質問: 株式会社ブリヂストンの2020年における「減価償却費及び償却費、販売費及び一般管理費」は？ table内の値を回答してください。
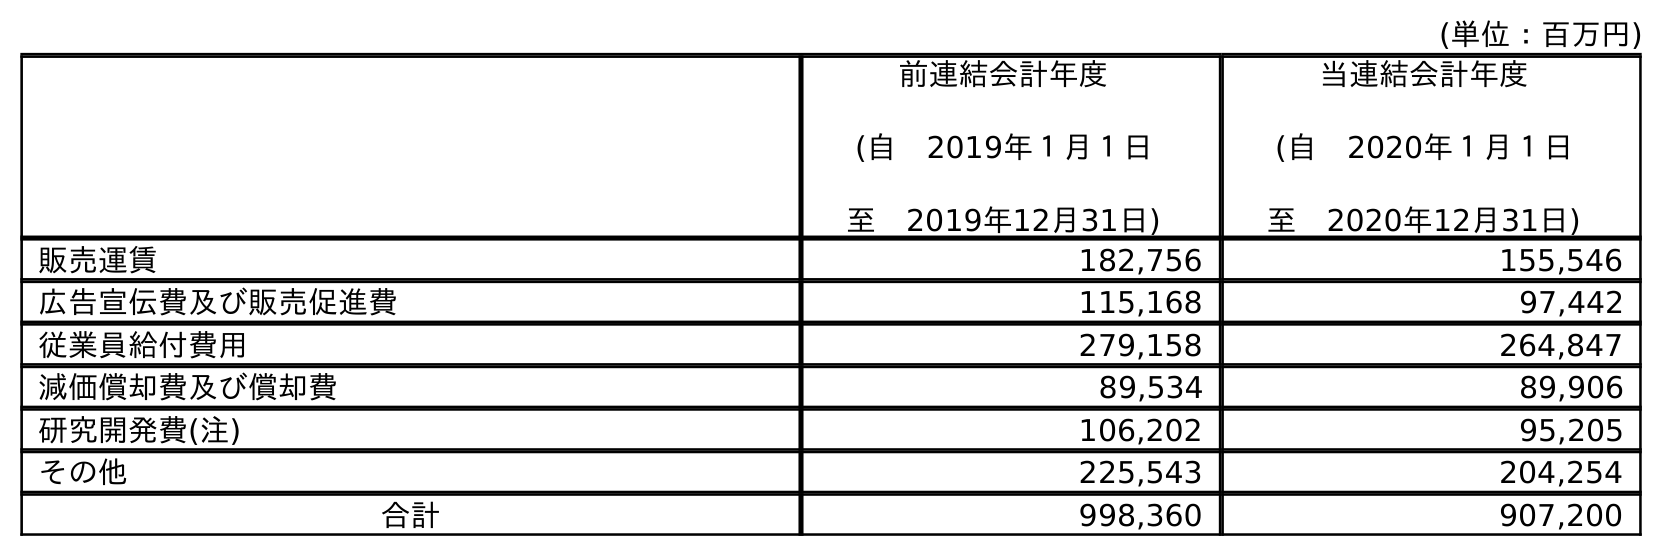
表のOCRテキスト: (単位：百万円) 前連結会計年度 (自 2019年１月１日 至 2019年12月31日) 当連結会計年度 (自 2020年１月１日 至 2020年12月31日) 販売運賃 182,756 155,546 広告宣伝費及び販売促進費 115,168 97,442 従業員給付費用 279,158 264,847 減価償却費及び償却費 89,534 89,906 研究開発費(注) 106,202 95,205 その他 225,543 204,254 合計 998,360 907,200
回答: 89,906